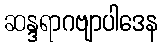
ဆန္ဒရာဂဗျာပါဒေန